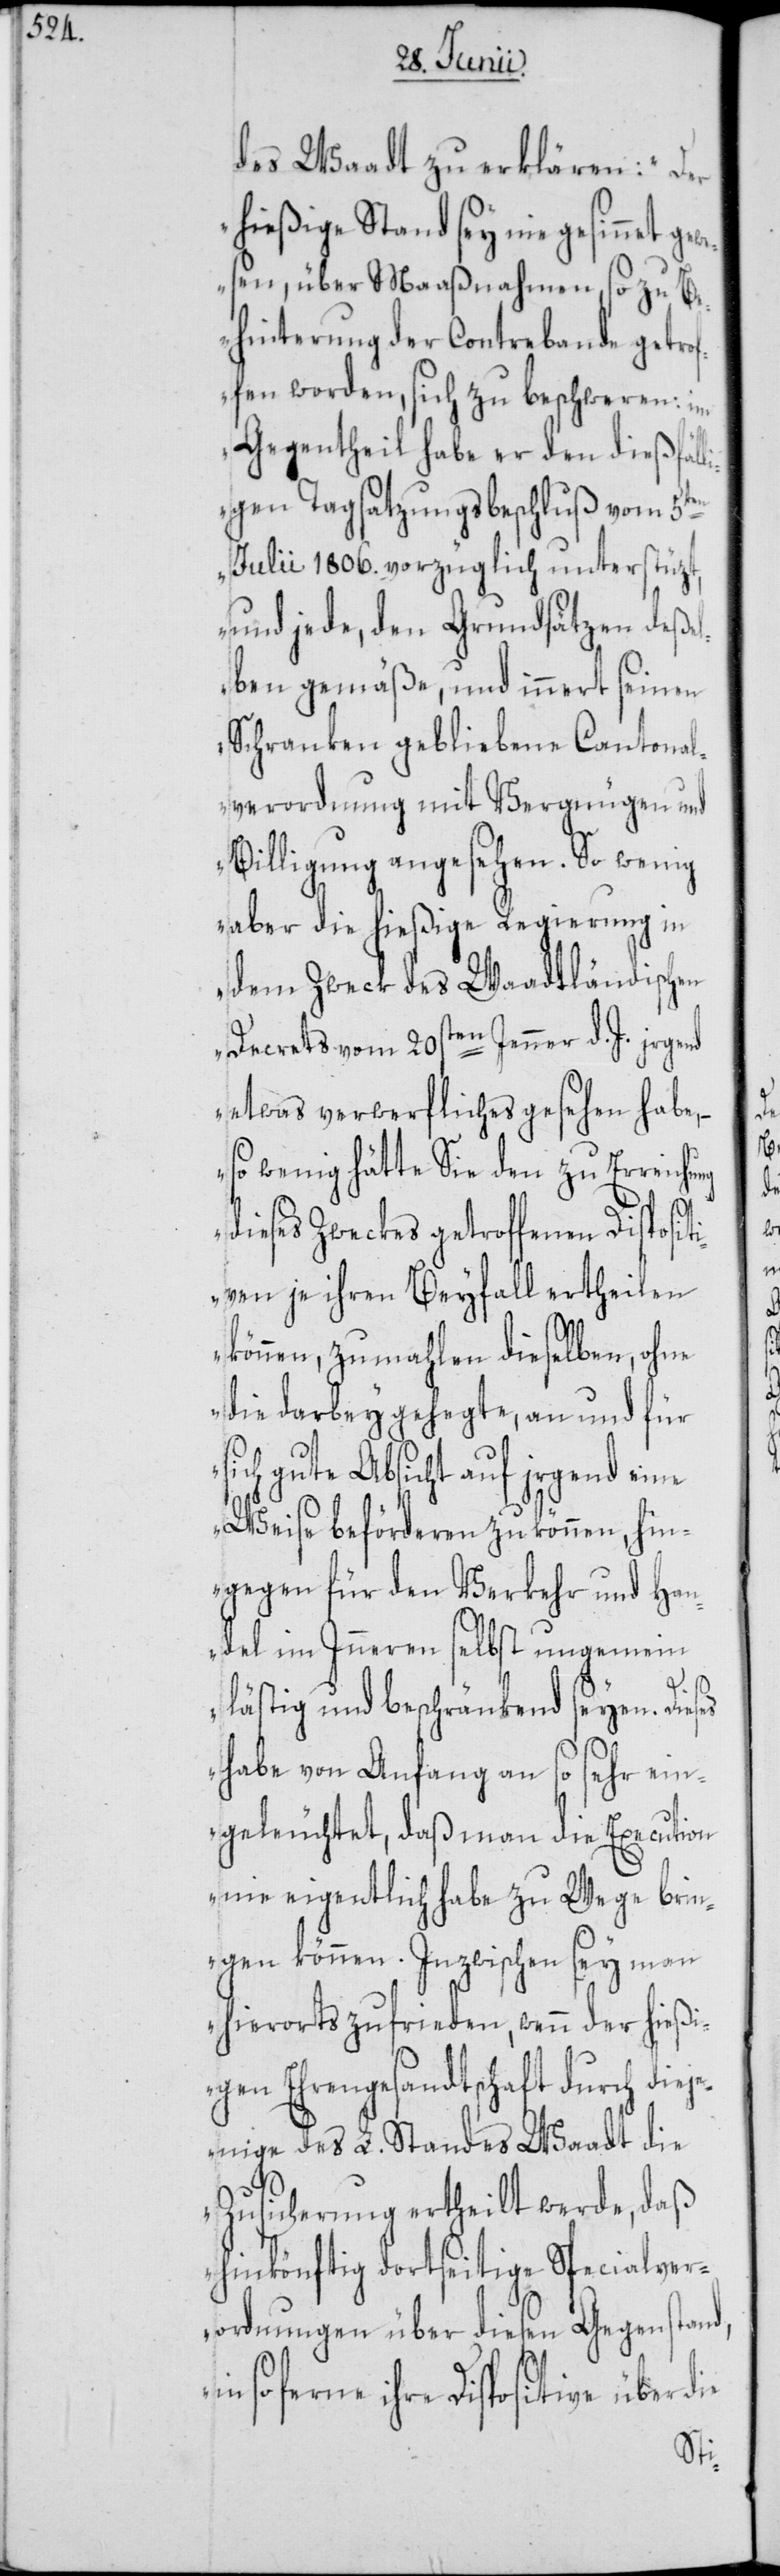
des Waadt zu erklären: „Der
hießige Stand sey nie gesinnet ge¬
wesen, über Maaßnahmen, so zu B¬
ehinterung der Contrebande getro¬
ffen worden, sich zu beschweren: im
Gegentheil habe er den dießfäl¬
ligen Tagsatzungsbeschluß vom
Julii 1806. vorzüglich unterstüzt,
und jede, den Grundsätzen deßel¬
ben gemäße, und innert seinen
Schranken gebliebene Cantonal¬
verordnung mit Vergnügen und
Billigung angesehen. So wenig
aber die hießige Regierung in
dem Zweck des Waadtländischen
Decrets vom 20sten Jenner d. J. irgend
etwas verwerfliches gesehen habe,
so wenig hätte Sie den zu Erreichung
dieses Zweckes getroffenen Disposit¬
iven je ihren Beyfall ertheilen
können, zumahlen dieselben, ohne
die darbey gelegte, an und für
ch gute Absicht auf irgend ei¬
ne Weise beförderen zu können, hin¬
gegen für den Verkehr und Han¬
del im Inneren selbst ungemein
lästig und beschränkend seyen. Dies¬
habe von Anfang an so sehr ein¬
geleuchtet, daß man die Execution
nie eigentlich habe zu Wege brin¬
gen können. Inzwischen sey man
hierorts zufrieden, wenn der hießi¬
gen Ehrengesandtschaft durch diej¬
enige des L. Standes Waadt die
Zusicherung ertheilt werde, daß
hinkönftig dortseitige Specialver¬
ordnungen über diesen Gegenstand,
so ferne ihre Dispositive über
die